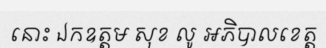
នោះ ឯកឧត្តម សុខ លូ អភិបាលខេត្ត